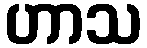
ဟာသ